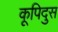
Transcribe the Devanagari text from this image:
कूपिदुस